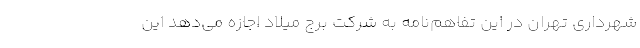
شهرداری تهران در این تفاهم‌نامه به شرکت برج میلاد اجازه می‌دهد این